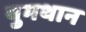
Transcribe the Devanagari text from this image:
युमथान